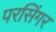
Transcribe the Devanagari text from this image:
परसिंगर